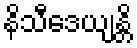
နိသီဒေယျန္တိ